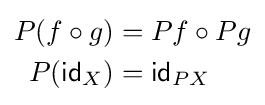
{\begin{aligned}P(f\circ g)&=Pf\circ Pg\\P({\mathsf {id}}_{X})&={\mathsf {id}}_{PX}\end{aligned}}